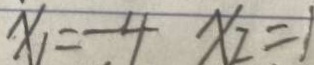
x _ { 1 } = - 4 x _ { 2 } = 1